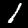
Label: 1